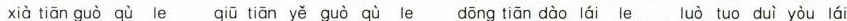
xià tiān guò qù le qiū tiān yě guò qù le dōng tiān dào lái le luò tuo duì yòu lái